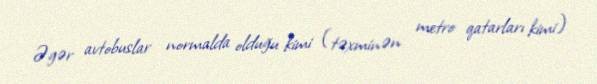
Əgər avtobuslar normalda olduğu kimi (təxminən metro qatarları kimi)